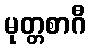
မုတ္တစာဂီ